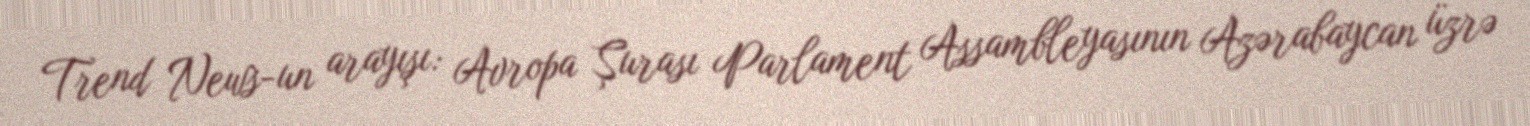
Trend News-un arayışı: Avropa Şurası Parlament Assambleyasının Azərabaycan üzrə